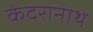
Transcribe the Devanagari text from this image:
केदरानाथ